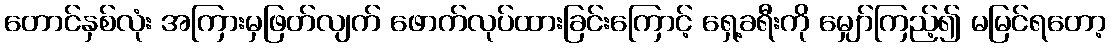
တောင်နှစ်လုံး အကြားမှဖြတ်လျက် ဖောက်လုပ်ထားခြင်းကြောင့် ရှေ့ခရီးကို မျှော်ကြည့်၍ မမြင်ရတော့